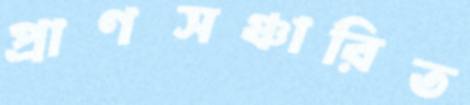
প্রাণসঞ্চারিত